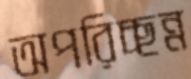
অপরিচ্ছন্ন